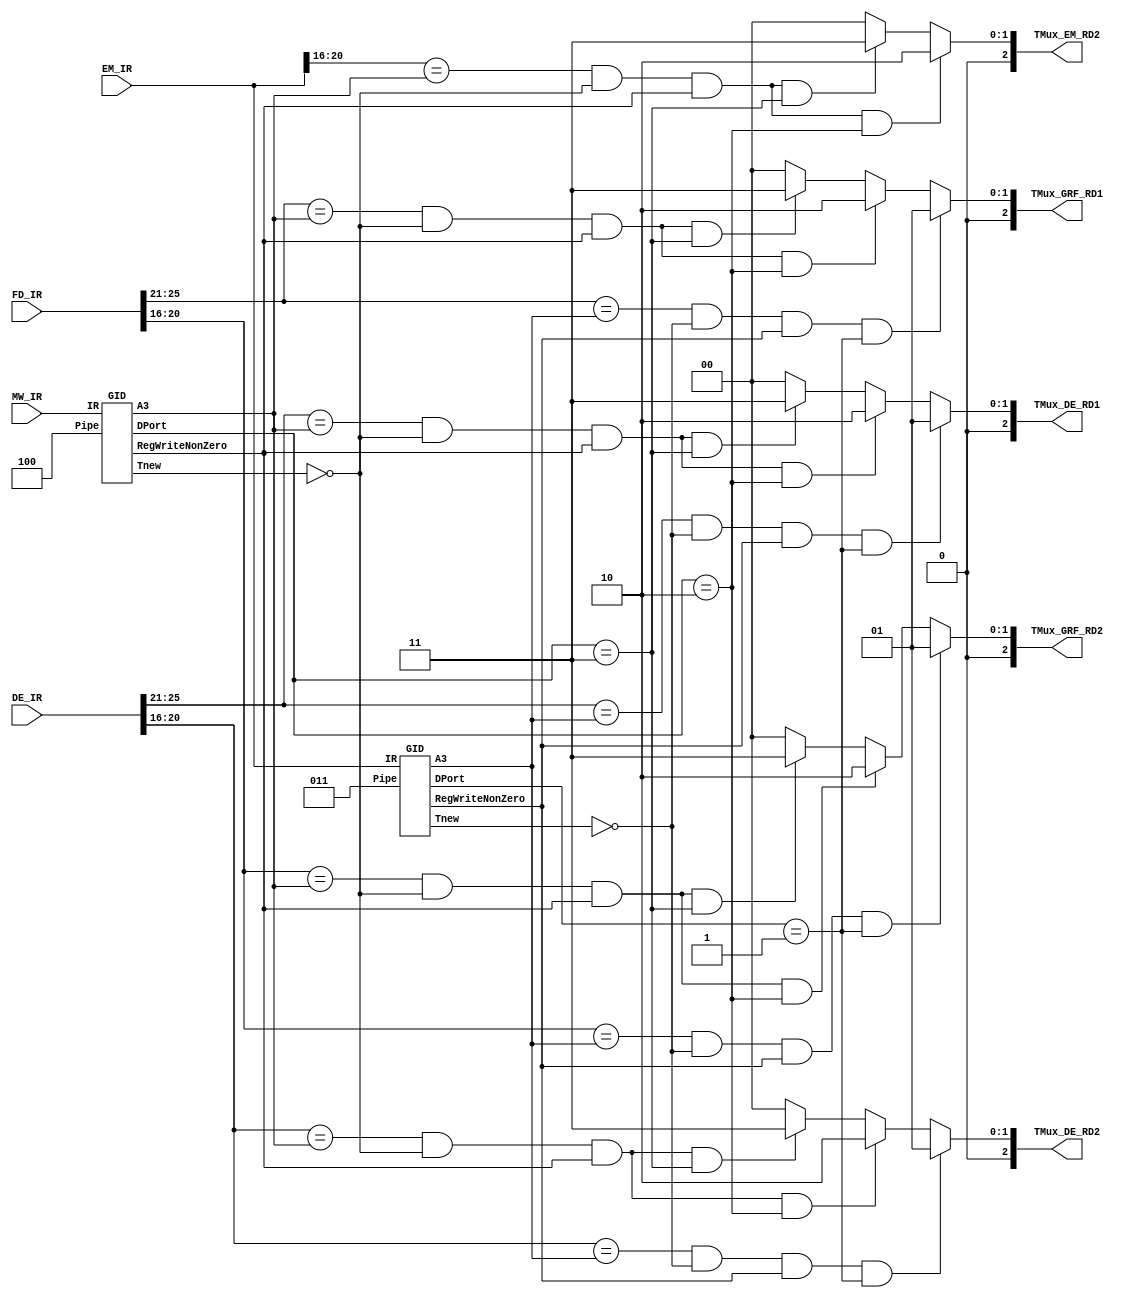
`timescale 1ns / 1ps
`define op 31:26
`define func 5:0
`define rs 25:21
`define rt 20:16
`define rd 15:11
`define no_more_use 7
`define no_more_new 0
`define neverwrite 0
`define EM_ALU 1						// 1
`define MW_ALU 2						// 2
`define MW_MD 3						// 3

// MUXGRF_rd1,GRF_rd2,DE_rd1,DE_rd2,EM_rd2
module TRANSMIT(FD_IR,DE_IR,EM_IR,MW_IR,
					 TMux_GRF_RD1,TMux_GRF_RD2,TMux_DE_RD1,TMux_DE_RD2,TMux_EM_RD2);
		input [31:0] FD_IR;
		input [31:0] DE_IR;
		input [31:0] EM_IR;
		input [31:0] MW_IR;
		output [2:0] TMux_GRF_RD1;
		output [2:0] TMux_GRF_RD2;
		output [2:0] TMux_DE_RD1;
		output [2:0] TMux_DE_RD2;
		output [2:0] TMux_EM_RD2;
		
		
		// GID,EM
		wire EM_rwnz,MW_rwnz;
		wire [4:0] EM_a3,MW_a3;
		wire [2:0] EM_tnew,MW_tnew;
		wire [2:0] EM_dport,MW_dport;
		GID Gid3(.IR(EM_IR),.Pipe(3'd3),.RegWriteNonZero(EM_rwnz),.A3(EM_a3),.Tnew(EM_tnew),.DPort(EM_dport)),
			 Gid4(.IR(MW_IR),.Pipe(3'd4),.RegWriteNonZero(MW_rwnz),.A3(MW_a3),.Tnew(MW_tnew),.DPort(MW_dport));
		
		// MUX0-1-EMalu2-MWalu3-MWdm
		// AB BC && AB && BGRF && B
		// mux at GRF's port RD1
		assign TMux_GRF_RD1 = ((FD_IR[`rs]==EM_a3) && EM_tnew==0 && EM_rwnz && EM_dport==`EM_ALU)?`EM_ALU:
									 ((FD_IR[`rs]==MW_a3) && MW_tnew==0 && MW_rwnz && MW_dport==`MW_ALU)?`MW_ALU:
									 ((FD_IR[`rs]==MW_a3) && MW_tnew==0 && MW_rwnz && MW_dport==`MW_MD)?`MW_MD:
									 0;
		// mux at GRF's port RD2
		assign TMux_GRF_RD2 = ((FD_IR[`rt]==EM_a3) && EM_tnew==0 && EM_rwnz && EM_dport==`EM_ALU)?`EM_ALU:
									 ((FD_IR[`rt]==MW_a3) && MW_tnew==0 && MW_rwnz && MW_dport==`MW_ALU)?`MW_ALU:
									 ((FD_IR[`rt]==MW_a3) && MW_tnew==0 && MW_rwnz && MW_dport==`MW_MD)?`MW_MD:
									 0;
		// mux at DE piperegister's RD1
		assign TMux_DE_RD1 =  ((DE_IR[`rs]==EM_a3) && EM_tnew==0 && EM_rwnz && EM_dport==`EM_ALU)?`EM_ALU:
									 ((DE_IR[`rs]==MW_a3) && MW_tnew==0 && MW_rwnz && MW_dport==`MW_ALU)?`MW_ALU:
									 ((DE_IR[`rs]==MW_a3) && MW_tnew==0 && MW_rwnz && MW_dport==`MW_MD)?`MW_MD:
									 0;										
		// mux at DE piperegister's RD2
		assign TMux_DE_RD2 =  ((DE_IR[`rt]==EM_a3) && EM_tnew==0 && EM_rwnz && EM_dport==`EM_ALU)?`EM_ALU:
									 ((DE_IR[`rt]==MW_a3) && MW_tnew==0 && MW_rwnz && MW_dport==`MW_ALU)?`MW_ALU:
									 ((DE_IR[`rt]==MW_a3) && MW_tnew==0 && MW_rwnz && MW_dport==`MW_MD)?`MW_MD:
									 0;
		// mux at EM piprregister's RD2
		assign TMux_EM_RD2 =  ((EM_IR[`rt]==MW_a3) && MW_tnew==0 && MW_rwnz && MW_dport==`MW_ALU)?`MW_ALU:
									 ((EM_IR[`rt]==MW_a3) && MW_tnew==0 && MW_rwnz && MW_dport==`MW_MD)?`MW_MD:
									 0;		

endmodule

// FDDEDnop
module STALL(FD_IR,DE_IR,EM_IR,MW_IR,Stall);
		input [31:0] FD_IR;
		input [31:0] DE_IR;
		input [31:0] EM_IR;
		input [31:0] MW_IR;
		output Stall;
		
		wire stall_rs,stall_rt;
		wire [2:0] FD_tuse_rs, FD_tuse_rt;
		wire [2:0] DE_tnew, EM_tnew, MW_tnew;
		wire [4:0] DE_a3, EM_a3, MW_a3;
		wire DE_rwnz,EM_rwnz,MW_rwnz;
		
		// GIDFDTuseTnew
		GID Gid1(.IR(FD_IR),.Pipe(3'd1),.Tuse_Rs(FD_tuse_rs),.Tuse_Rt(FD_tuse_rt)),
			 Gid2(.IR(DE_IR),.Pipe(3'd2),.RegWriteNonZero(DE_rwnz),.A3(DE_a3),.Tnew(DE_tnew)),
			 Gid3(.IR(EM_IR),.Pipe(3'd3),.RegWriteNonZero(EM_rwnz),.A3(EM_a3),.Tnew(EM_tnew)),
			 Gid4(.IR(MW_IR),.Pipe(3'd4),.RegWriteNonZero(MW_rwnz),.A3(MW_a3),.Tnew(MW_tnew));
		
		// debug 
		//assign stall_debug = (DE_IR[`op]==6'b000100) || (DE_IR[`op]==6'b000011) || (DE_IR[`op]==6'b000010 || (DE_IR[`op]==6'b000000&&DE_IR[`func]==6'b001000));
		// FDXXrs = FDXXrs && FDrsXXrs && XXrs
		// stall because of rs
		assign stall_rs = ((FD_IR[`rs]==DE_a3) && (FD_tuse_rs<DE_tnew) && DE_rwnz)?1:
								((FD_IR[`rs]==EM_a3) && (FD_tuse_rs<EM_tnew) && EM_rwnz)?1:
								((FD_IR[`rs]==MW_a3) && (FD_tuse_rs<MW_tnew) && MW_rwnz)?1:
								0;
		// stall because of rt
		assign stall_rt = ((FD_IR[`rt]==DE_a3) && (FD_tuse_rt<DE_tnew) && DE_rwnz)?1:
								((FD_IR[`rt]==EM_a3) && (FD_tuse_rt<EM_tnew) && EM_rwnz)?1:
								((FD_IR[`rt]==MW_a3) && (FD_tuse_rt<MW_tnew) && MW_rwnz)?1:
								0;
		// generate
		// assign Stall = stall_rt | stall_rs | stall_debug;
		assign Stall = stall_rt | stall_rs;

endmodule


// General Instruction Decoder
// 1.Tuse_rs 2.Tuse_rt 3.RegWriteNonZero 4.A3 5.Tnew
module GID(IR,Pipe,Tuse_Rs,Tuse_Rt,RegWriteNonZero,A3,Tnew,DPort);
		input [31:0] IR;
		input [2:0] Pipe;							// pipeline : FD:1, DE:2, EM:3, MW:4
		output [2:0] Tuse_Rs;					// rs(no_more_use=7):|
		output [2:0] Tuse_Rt;					// rt
		output RegWriteNonZero;					// 
		output [4:0] A3;							// 
		output [2:0] Tnew;						// no_more_new=0|
		output [2:0] DPort;						// 
		
		// 
		wire [5:0] Op,Func;
		assign Op[5:0] = IR[31:26];
		assign Func[5:0] = IR[5:0];
		wire addu, subu, jr, sll, ori, lw, sw, beq, lui, jal, j;
		assign addu  = (Op == 6'b000000 && Func == 6'b100001)? 1 : 0;
		assign subu  = (Op == 6'b000000 && Func == 6'b100011)? 1 : 0;
		assign jr  = (Op == 6'b000000 && Func == 6'b001000)? 1 : 0;
		assign sll  = (Op == 6'b000000 && Func == 6'b000000)? 1 : 0;
		assign ori = (Op == 6'b001101)? 1 : 0;
		assign lw = (Op == 6'b100011)? 1 : 0;
		assign sw = (Op == 6'b101011)? 1 : 0;
		assign beq = (Op == 6'b000100)? 1 : 0;
		assign lui = (Op == 6'b001111)? 1 : 0;
		assign jal = (Op == 6'b000011)? 1 : 0;
		assign j = (Op == 6'b000010)? 1 : 0;
		
		// 
		wire calr,cali,ld,st,btype,j_type,jal_type,jr_type;
		assign calr = addu | subu | sll;
		assign cali = ori | lui;
		assign ld = lw;
		assign st = sw;
		assign btype = beq;
		assign j_type = j;
		assign jal_type = jal;
		assign jr_type = jr;
		
		// IF/IDTuse
		wire [2:0] DTuse_Rs, DTuse_Rt;
		assign DTuse_Rs = (btype|jr_type)?0:
								(calr|cali|ld|st)?1:
								`no_more_use;
		assign DTuse_Rt = (btype)?0:
								(calr)?1:											// debug : irt
								(st)?2:
								`no_more_use;
		
		// IF/IDTnew
		wire [2:0] DTnew;
		assign DTnew = (calr|cali|jal_type)?2:
							(ld)?3:
							`no_more_new;
		
		// RegWrite
		wire regwrite;
		assign regwrite = calr|cali|ld|jal_type;
		
		// MUX_WaSel
		wire [4:0] wa;
		assign wa = (calr)?IR[`rd]:
						(cali|ld)?IR[`rt]:
						(jal_type)?31:
						`neverwrite;
		
		// 
		wire [2:0] dport;
		assign dport = ((Pipe==3'd3) && (calr|cali|jal_type))?`EM_ALU:
							((Pipe==3'd4) && (calr|cali|jal_type))?`MW_ALU:
							((Pipe==3'd4) && (ld))?`MW_MD:
							0;
		
		// 
		assign Tuse_Rs = (DTuse_Rs-Pipe+1<3)?DTuse_Rs-Pipe+1:`no_more_use;			// 
		assign Tuse_Rt = (DTuse_Rt-Pipe+1<3)?DTuse_Rt-Pipe+1:`no_more_use;			// 
		assign RegWriteNonZero = regwrite&&(wa!=0);
		assign A3 = wa;
		assign Tnew = (DTnew-Pipe+1<4)?DTnew-Pipe+1:`no_more_new;						// 
		assign DPort = dport;

endmodule